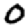
Digit: 0